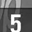
Digit: 5